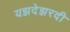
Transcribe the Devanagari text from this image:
यझदेझरदी